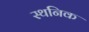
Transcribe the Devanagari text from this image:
स्थनिक